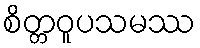
စိတ္တဝူပသမဿ